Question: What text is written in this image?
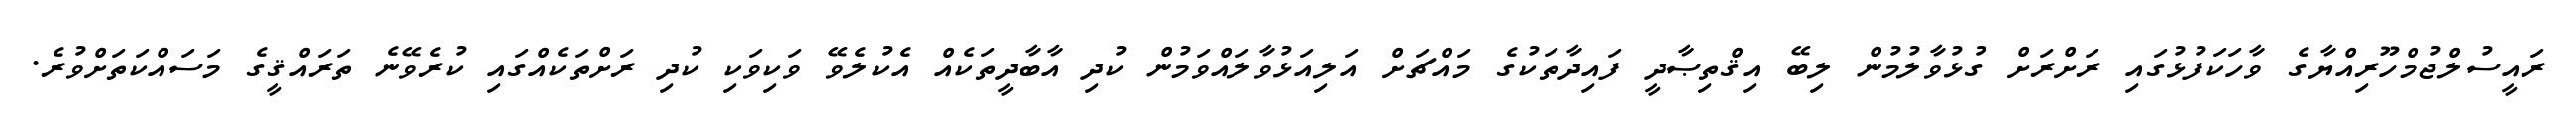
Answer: ރައީސުލްޖުމްހޫރިއްޔާގެ ވާހަކަފުޅުގައި ރަށްރަށް ގުޅުވާލުމުން ލިބޭ އިޤްތިޞާދީ ފައިދާތަކުގެ މައްޗަށް އަލިއަޅުވާލައްވަމުން ކުދި އާބާދީތަކެއް އެކުލެވޭ ވަކިވަކި ކުދި ރަށްތަކެއްގައި ކުރެވޭނެ ތަރައްޤީގެ މަސައްކަތަށްވުރެ.